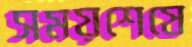
সময়শেষে